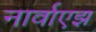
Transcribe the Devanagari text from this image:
नार्वाएझ